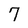
Character: 7